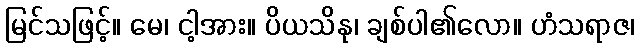
မြင်သဖြင့်။ မေ၊ ငါ့အား။ ပိယသိနု၊ ချစ်ပါ၏လော။ ဟံသရာဇ၊